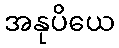
အနုပိယေ